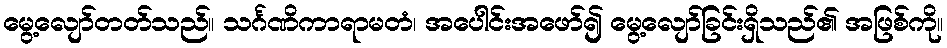
မွေ့လျော်တတ်သည်။ သင်္ဂဏိကာရာမတံ၊ အပေါင်းအဖော်၍ မွေ့လျော်ခြင်းရှိသည်၏ အဖြစ်ကို။